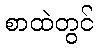
စာထဲတွင်